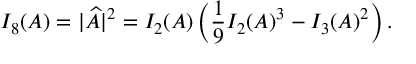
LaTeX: I _ { 8 } ( A ) = | \widehat { A } | ^ { 2 } = I _ { 2 } ( A ) \left( \frac { 1 } { 9 } I _ { 2 } ( A ) ^ { 3 } - I _ { 3 } ( A ) ^ { 2 } \right) .